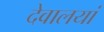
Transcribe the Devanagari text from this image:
देवालयां